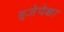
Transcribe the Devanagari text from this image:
इजेपेक्षा